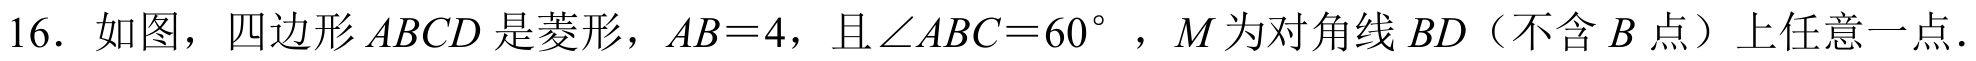
16. 如图，四边形 \(ABCD\) 是菱形，\(AB = 4\)，且\(\angle ABC = 60^{\circ}\)，\(M\) 为对角线 \(BD\)（不含 \(B\) 点）上任意一点.